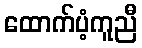
ထောက်ပံ့ကူညီ